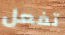
تفعل